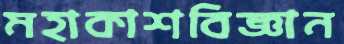
মহাকাশবিজ্ঞান